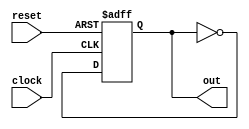
module mylogic(input clock, input reset,output reg out);

always @(posedge clock,posedge reset)
begin 
if(reset)
	out=1'b1;
else
	out=~out;
end

endmodule